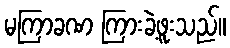
မကြာခဏ ကြားခဲ့ဖူးသည်။